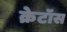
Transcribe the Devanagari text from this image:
क्रेटॉस